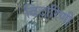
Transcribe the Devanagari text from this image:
विदारिणी